Veski_algkool, lk 21
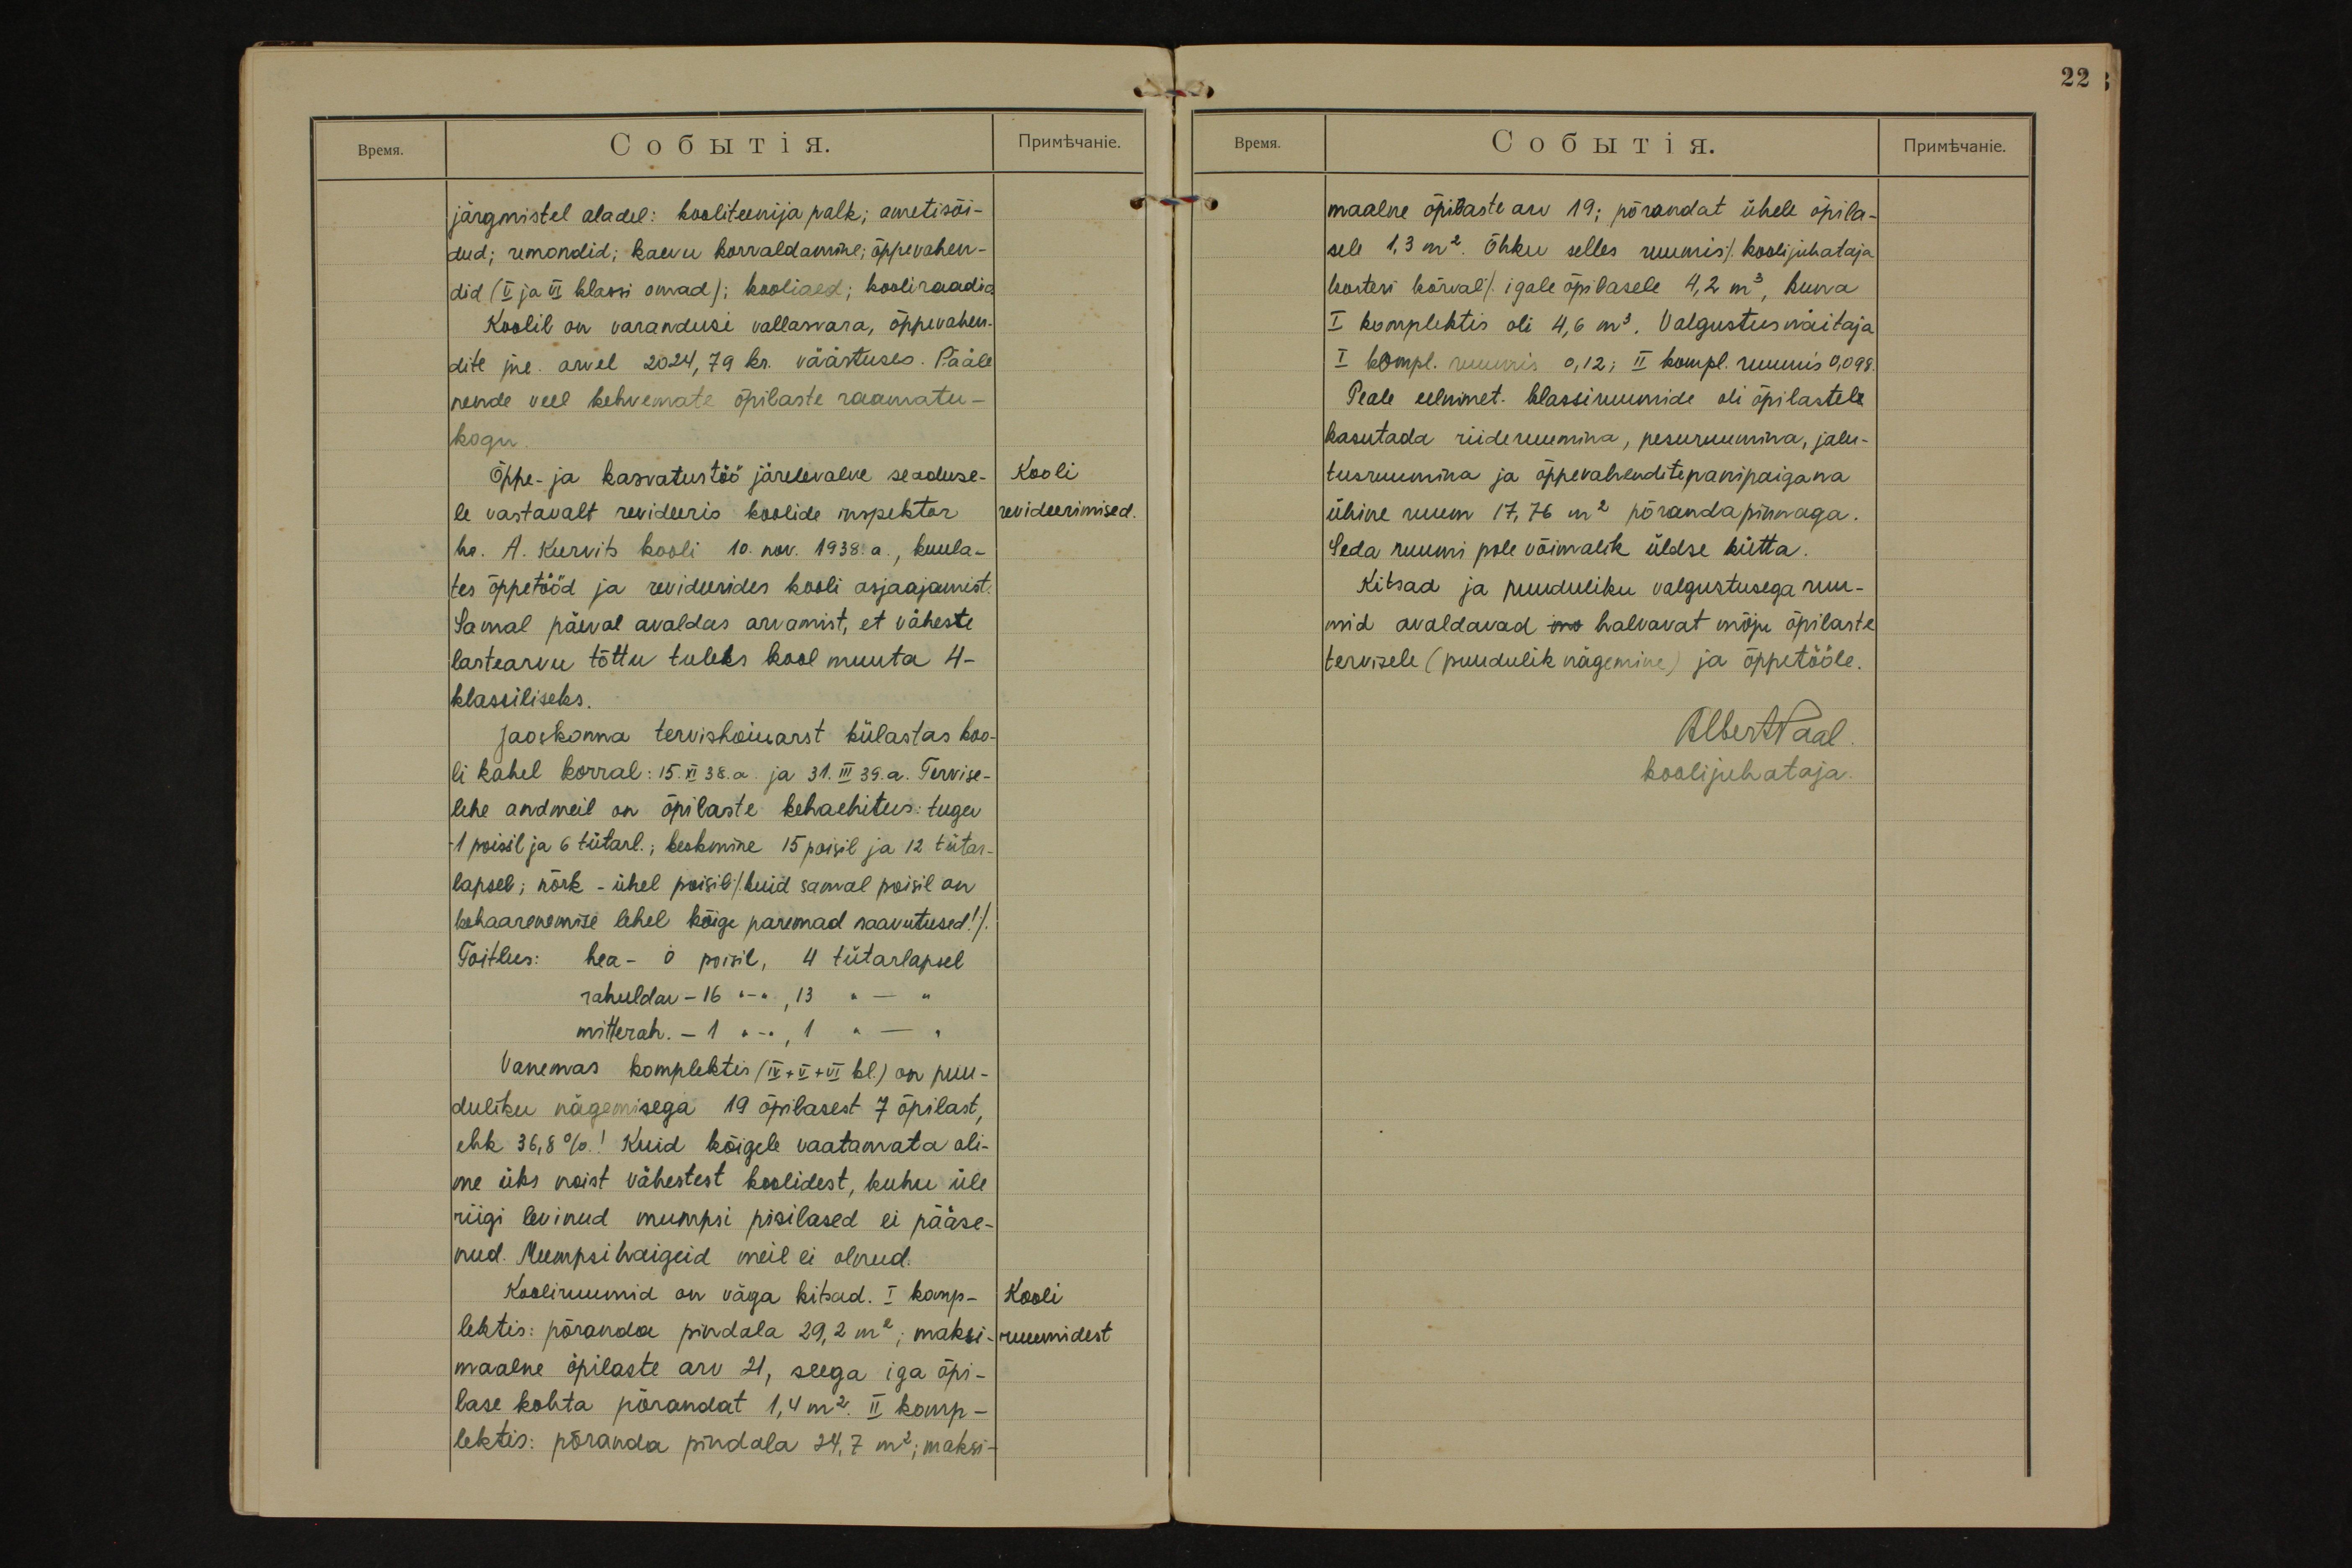
järgmistel aladel: kooliteenija palk; ametisõi-
dud; remondid; kaevu korraldamine; õppevahen-
did (V ja VI klassi omad); kooliaed; kooliraadio.
Koolil on varandusi vallavara, õppevahen-
dite jne arvel 2024, 79 kr. väärtuses. Pääle
nende veel kehvemate õpilaste raamatu-
kogu.
Kooli
revideerimised.
Õppe- ja kasvatustöö järelevalve seaduse-
le vastavalt revideeris koolide inspektor
hr. A. Kurvits kooli 10. nov. 1938. a., kuula-
tes õppetööd ja revideerides kooli asjaajamist.
Samal päeval avaldas arvamist, et väheste
lastearvu tõttu tuleks kool muuta 4-
klassiliseks.
Jaoskonna tervishoiuarst külastas koo-
li kahel korral: 15. XI 38. a. ja 31. III 39. a. Tervise-
lehe andmeil on õpilaste kehaehitus: tugev
1 poisil ja 6 tütarl.; keskmine 15 poisil ja 12 tütar-
lapsel; nõrk - ühel poisil (kuid samal poisil on
kehaarenemise lehel kõige paremad saavutused!).
Toitlus: hea - 0 poisil, 4 tütarlapsel
rahuldav - 16 ,, - ,, , 13 ,, - ,,
mitterah. - 1 ,, - ,, , 1 ,, - ,,
Vanemas komplektis (IV+V+VI kl.) on puu-
duliku nägemisega 19 õpilasest 7 õpilast,
ehk 36,8%! Kuid kõigele vaatamata oli-
me üks noist vähestest koolidest, kuhu üle
riigi levinud mumpsi pisilased ei pääse-
nud. Mumpsihaigeid meil ei olnud.
Kooli
ruumidest.
Kooliruumid on väga kitsad. I komp-
lektis: põranda pindala 29,2 m2; maksi-
maalne õpilaste arv 21, seega iga õpi-
lase kohta põrandat 1,4 m2. II komp-
lektis: põranda pindala 24,7 m2; maksi-

22.
maalne õpilaste arv 19; põrandat ühele õpila-
sele 1,3 m2. Õhku selles ruumis (koolijuhataja
korteri kõrval) igale õpilasele 4,2 m3, kuna
I komplektis oli 4,6 m3. Valgustusnäitaja
I kompl. ruumis 0,12; II kompl. ruumis 0,098.
Peale eelnimet. klassiruumide oli õpilastele
kasutada riideruumina, pesuruumina, jalu-
tusruumina ja õppevahenditepanipaigana
ühine ruum 17,76 m2 põrandapinnaga.
Seda ruumi pole võimalik üldse kütta.
Kitsad ja puuduliku valgustusega ruu-
mid avaldavad mo halvavat mõju õpilaste
tervisele (puudulik nägemine) ja õppetööle.
AlbertPaal.
koolijuhataja.